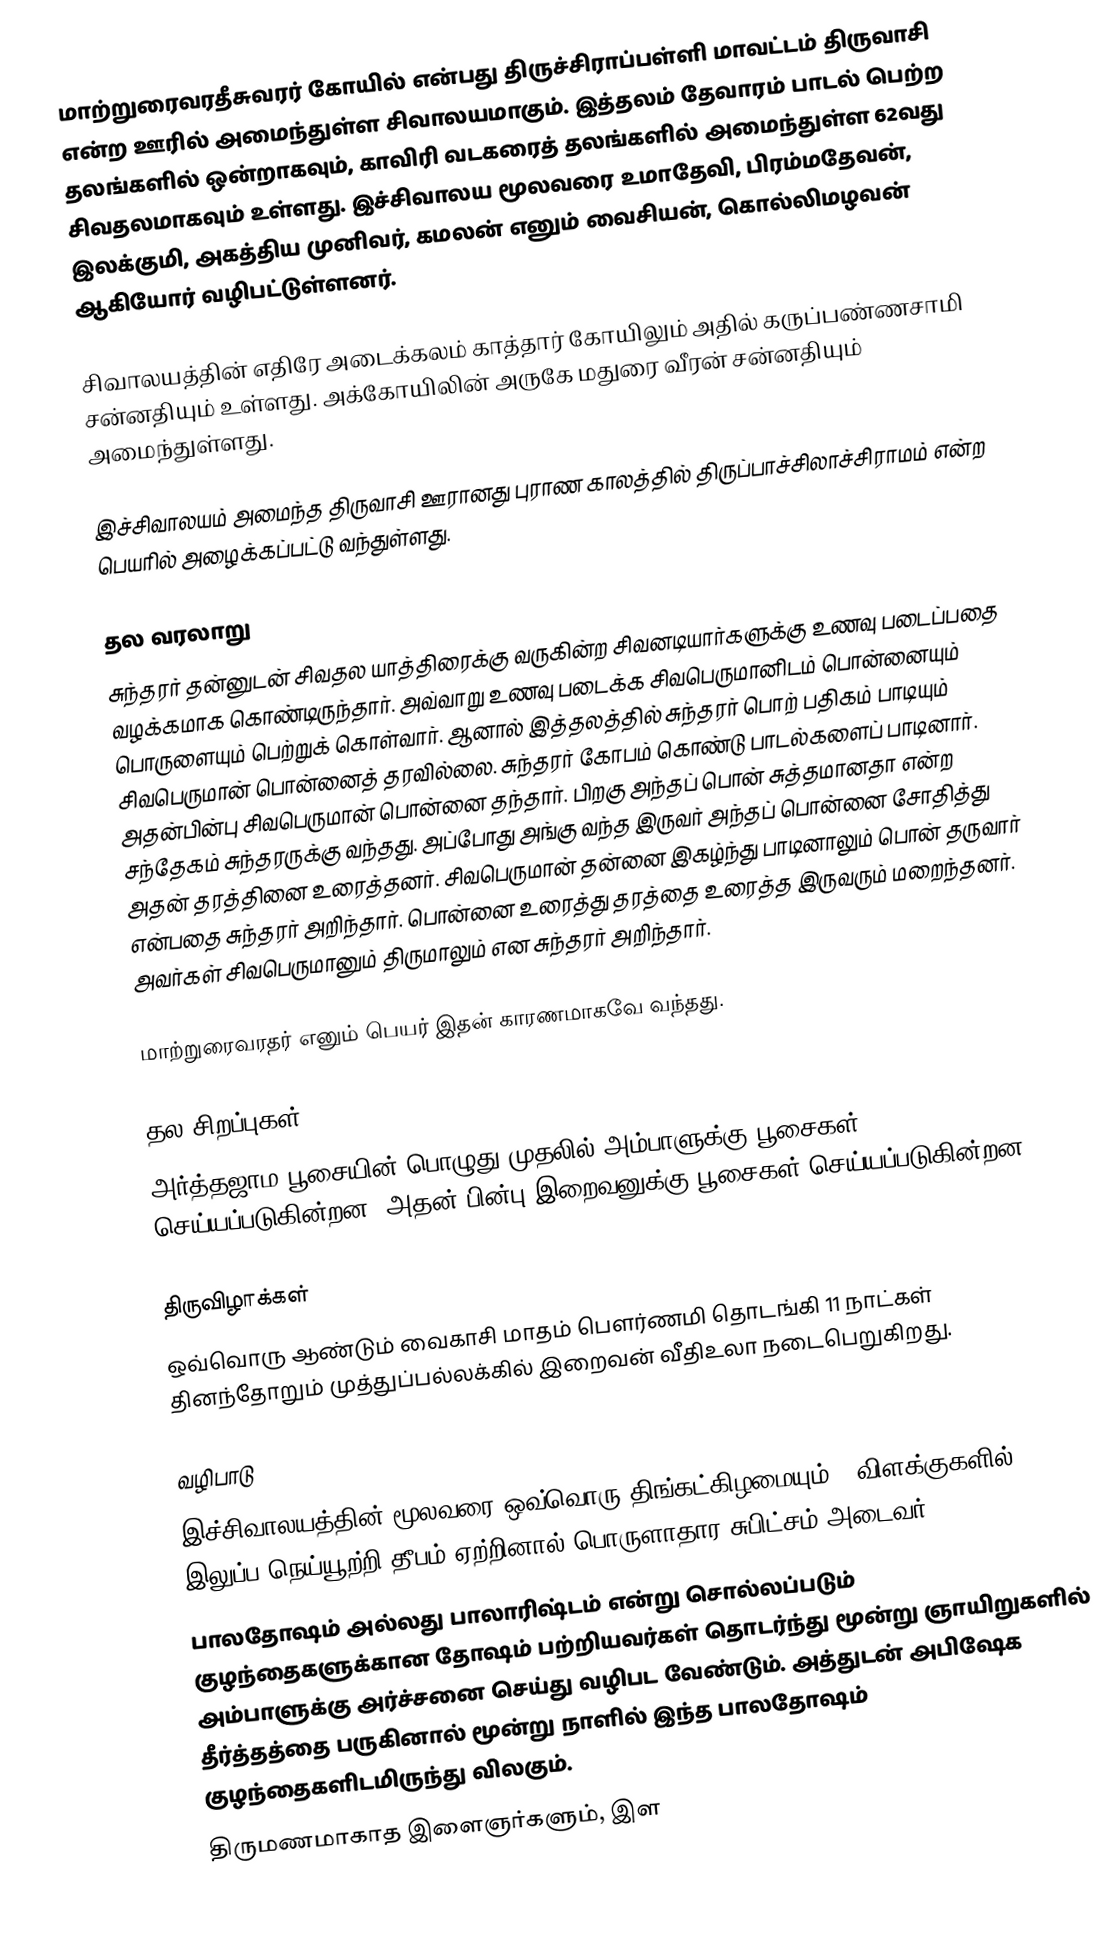
மாற்றுரைவரதீசுவரர் கோயில் என்பது திருச்சிராப்பள்ளி மாவட்டம் திருவாசி என்ற ஊரில் அமைந்துள்ள சிவாலயமாகும். இத்தலம் தேவாரம் பாடல் பெற்ற தலங்களில் ஒன்றாகவும்,  காவிரி வடகரைத் தலங்களில் அமைந்துள்ள 62வது சிவதலமாகவும் உள்ளது. இச்சிவாலய மூலவரை உமாதேவி, பிரம்மதேவன், இலக்குமி, அகத்திய முனிவர், கமலன் எனும் வைசியன், கொல்லிமழவன் ஆகியோர் வழிபட்டுள்ளனர்.

சிவாலயத்தின் எதிரே அடைக்கலம் காத்தார் கோயிலும் அதில் கருப்பண்ணசாமி சன்னதியும் உள்ளது. அக்கோயிலின் அருகே மதுரை வீரன் சன்னதியும் அமைந்துள்ளது.

இச்சிவாலயம் அமைந்த திருவாசி ஊரானது புராண காலத்தில் திருப்பாச்சிலாச்சிராமம் என்ற பெயரில் அழைக்கப்பட்டு வந்துள்ளது.

தல வரலாறு
சுந்தரர் தன்னுடன் சிவதல யாத்திரைக்கு வருகின்ற சிவனடியார்களுக்கு உணவு படைப்பதை வழக்கமாக கொண்டிருந்தார். அவ்வாறு உணவு படைக்க சிவபெருமானிடம் பொன்னையும் பொருளையும் பெற்றுக் கொள்வார். ஆனால் இத்தலத்தில் சுந்தரர் பொற் பதிகம் பாடியும் சிவபெருமான் பொன்னைத் தரவில்லை. சுந்தரர் கோபம் கொண்டு பாடல்களைப் பாடினார். அதன்பின்பு சிவபெருமான் பொன்னை தந்தார். பிறகு அந்தப் பொன் சுத்தமானதா என்ற சந்தேகம் சுந்தரருக்கு வந்தது. அப்போது அங்கு வந்த இருவர் அந்தப் பொன்னை சோதித்து அதன் தரத்தினை உரைத்தனர். சிவபெருமான் தன்னை இகழ்ந்து பாடினாலும் பொன் தருவார் என்பதை சுந்தரர் அறிந்தார். பொன்னை உரைத்து தரத்தை உரைத்த இருவரும் மறைந்தனர். அவர்கள் சிவபெருமானும் திருமாலும் என சுந்தரர் அறிந்தார்.

மாற்றுரைவரதர் எனும் பெயர் இதன் காரணமாகவே வந்தது.

தல சிறப்புகள்
அர்த்தஜாம பூசையின் பொழுது முதலில் அம்பாளுக்கு பூசைகள் செய்யப்படுகின்றன. அதன் பின்பு இறைவனுக்கு பூசைகள் செய்யப்படுகின்றன.

திருவிழாக்கள்
ஒவ்வொரு ஆண்டும் வைகாசி மாதம் பௌர்ணமி தொடங்கி 11 நாட்கள் தினந்தோறும் முத்துப்பல்லக்கில் இறைவன் வீதிஉலா நடைபெறுகிறது.

வழிபாடு
இச்சிவாலயத்தின் மூலவரை ஒவ்வொரு திங்கட்கிழமையும் 7 விளக்குகளில் இலுப்ப நெய்யூற்றி தீபம் ஏற்றினால் பொருளாதார சுபிட்சம் அடைவர் .
பாலதோஷம் அல்லது பாலாரிஷ்டம் என்று சொல்லப்படும் குழந்தைகளுக்கான தோஷம் பற்றியவர்கள் தொடர்ந்து மூன்று ஞாயிறுகளில் அம்பாளுக்கு அர்ச்சனை செய்து வழிபட வேண்டும். அத்துடன் அபிஷேக தீர்த்தத்தை பருகினால் மூன்று நாளில் இந்த பாலதோஷம் குழந்தைகளிடமிருந்து விலகும்.
திருமணமாகாத இளைஞர்களும், இள